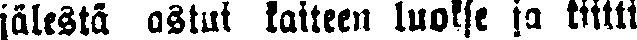
jälestä astui kaiteen luokse ja kiitti